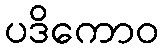
ပဒိကောဝ